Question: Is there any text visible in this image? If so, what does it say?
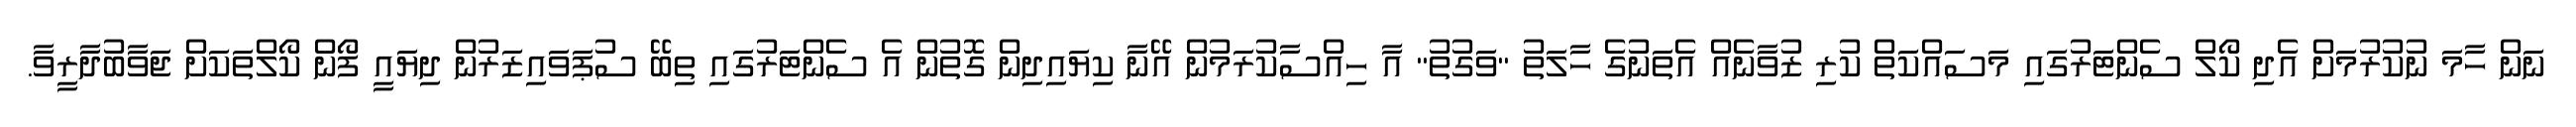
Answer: ނަން ހާމަ ނުކުރުމަށް އެދި ކޯލް ސެންޓަރުގައި މަސައްކަތް ކުރި ޒުވާނެއް އެތަނުގެ ހާލަތު "ވަގުތު" އާ ހިއްސާކުރަމުން އޭނާ ކިޔައިދިން ގޮތުން އެ ސެންޓަރުގައި ތިބޭ ސުޕަވައިޒަރުން ދިޔައީ ފޯން ކޯލްތަކަށް ޖަވާބުދާރީވާ.